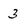
Character: 3